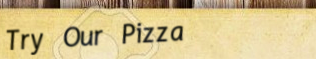
Try Our Pizza